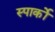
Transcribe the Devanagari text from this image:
स्पार्को